Vital statistics of India. Vol. V, Reports of 1876 on armies & jails and on epidemic cholera
Year: 1876
Disease focus: Cholera
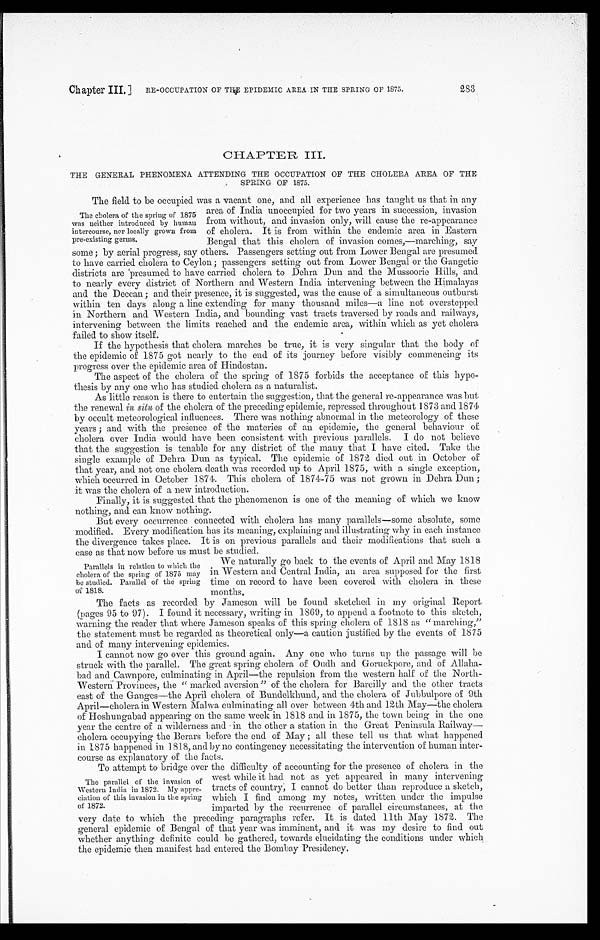
Chapter III.] RE-OCCUPATION OF THE EPIDEMIC AREA IN THE SPRING OF 1875.
CHAPTER III.
THE GENERAL PHENOMENA ATTENDING THE OCCUPATION OF THE CHOLERA AREA OF THE
SPRING OF 1875.
The field to be occupied was a vacant one, and all experience has taught us that in any
area of India unoccupied for two years in succession, invasion
from without, and invasion only, will cause the re-appearance
of cholera. It is from within the endemic area in Eastern
Bengal that this cholera of invasion comes,—marching, say
some; by aerial progress, say others. Passengers setting out from Lower Bengal are presumed
to have carried cholera to Ceylon; passengers setting out from Lower Bengal or the Gangetic
districts are presumed to have carried cholera to Debra Dun and the Mussoorie Hills, and
to nearly every district of Northern and Western India intervening between the Himalayas
and the Deccan; and their presence, it is suggested, was the cause of a simultaneous outburst
within ten days along a line extending for many thousand miles—a line not overstepped
in Northern and Western India, and bounding vast tracts traversed by roads and railways,
intervening between the limits reached and the endemic area, within which as yet cholera
failed to show itself.
If the hypothesis that cholera marches be true, it is very singular that the body of
the epidemic of 1875 got nearly to the end of its journey before visibly commencing its
progress over the epidemic area of Hindostan.
The aspect of the cholera of the spring of 1875 forbids the acceptance of this hypo
-thesis by any one who has studied cholera as a naturalist.
As little reason is there to entertain the suggestion, that the general re-appearance was but
the renewal in situ of the cholera of the preceding epidemic, repressed throughout 1873 and 1874
by occult meteorological influences. There was nothing abnormal in the meteorology of these
years; and with the presence of the materies of an epidemic, the general behaviour of
cholera over India would have been consistent with previous parallels. I do not believe
that the suggestion is tenable for any district of the many that I have cited. Take the
single example of Dehra Dun as typical. The epidemic of 1872 died out in October of
that year, and not one cholera death was recorded up to April 1875, with a single exception,
which occurred in October 1874. This cholera of 1874-75 was not grown in Dehra Dun;
it was the cholera of a new introduction.
Finally, it is suggested that the phenomenon is one of the meaning of which we know
nothing, and can know nothing.
But every occurrence connected with cholera has many parallels—some absolute, some
modified. Every modification has its meaning, explaining and illustrating why in each instance
the divergence takes place. It is on previous parallels and their modifications that such a
case as that now before us must be studied.
2 8 3
The cholera of the spring of 1875
was neither introduced by human
intercourse, nor locally grown from
pre-existing germs.
Parallels in relation to which the
cholera of the spring of 1875 may
he studied. Parallel of the spring
of 1818.
We naturally go back to the events of April and May 1818
in Western and Central India, an area supposed for the first
time on record to have been covered with cholera in these
months.
The facts as recorded by Jameson will be found sketched in my original Report
(pages 95 to 97). I found it necessary, writing in 1869, to append a footnote to this sketch,
warning the reader that where Jameson speaks of this spring cholera of 1818 as "marching,"
the statement must be regarded as theoretical only—a caution justified by the events of 1875
and of many intervening epidemics.
I cannot now go over this ground again. Any one who turns up the passage will be
struck with the parallel. The great spring cholera of Oudh and Goruckpore, and of Allaha
-bad and Cawnpore, culminating in April—the repulsion from he western half of the Nort
h-Western Provinces, the "marked aversion" of the cholera for Bareilly and the other tracts
east of the Ganges—the April cholera of Bundelkhund, and the cholera of Jubbulpore of 9th.
April—cholera in Western Malwa culminating all over between 4th and 12th May—the cholera
of Hoshungabad appearing on the same week in 1818 and in 1875, the town being in the one
year the centre of a wilderness and in the other a station in the Great Peninsula Railway
— c h o l e r a o c c u p y i n g t h e B e r a r s b e f o r e t h e e n d o f M a y ; a l l t h e s e t e l l u s t h a t w h a t h a p p e n e d
in 1875 happened in 1818, and by no contingency necessitating the intervention of human inter
-
c o u r s e a s e x p l a n a t o r y o f t h e f a c t s .
To attempt to bridge over the difficulty of accounting for the presence of cholera in the
west while it had not as yet appeared in many intervening
tracts of country, I cannot do better than reproduce a sketch,
which I find among my notes, written under the impulse
imparted by the recurrence of parallel circumstances, at the
very date to which the preceding paragraphs refer. It is dated 11th May 1872. The
general epidemic of Bengal of that year was imminent, and it was my desire to find out
whether anything definite could be gathered, towards elucidating the conditions under which
the epidemic then manifest had entered the Bombay Presidency.
The parallel of the invasion of
Western India in 1872. My appre
-ciation of this invasion in the spring
of 1872.